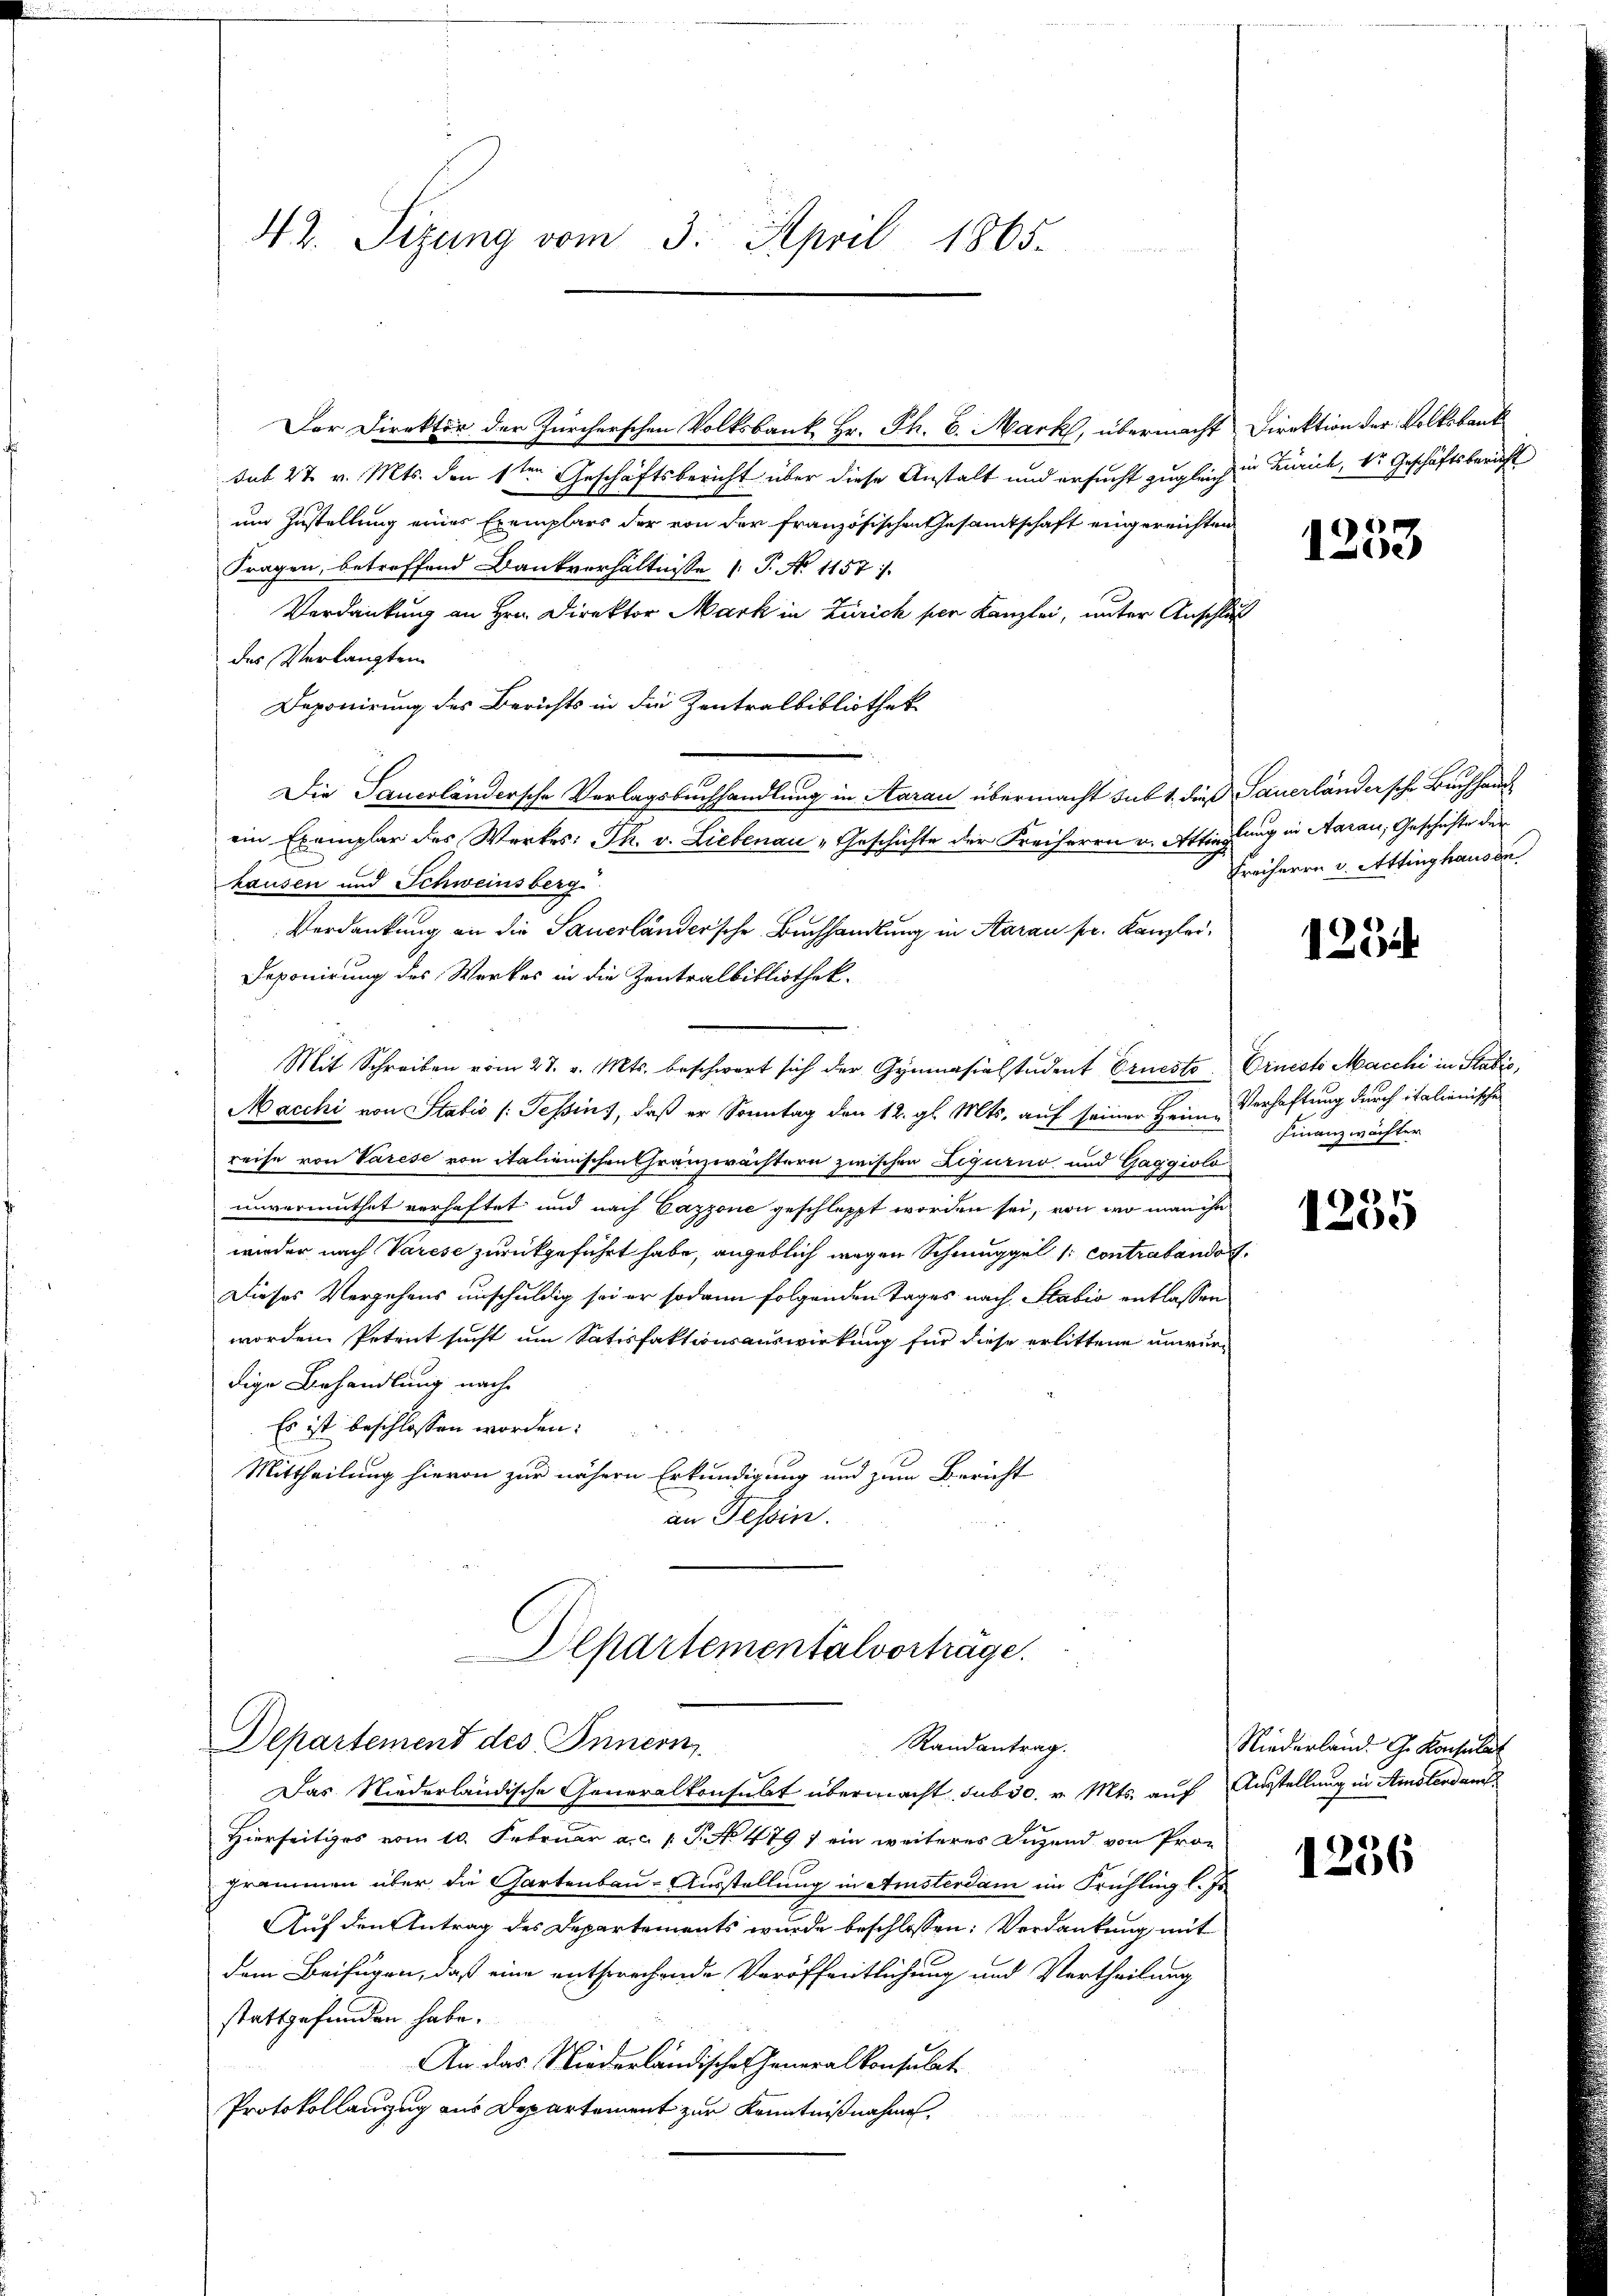
42. Sizung vom 3. April 1865.

Der Direktor der Zürcherschen Volksbank Hr. Th. 6. Mark, übermacht Direktion der Volksbank
sub 27 v. Mts. den 1ten Geschäftsbericht über diese Anstalt und ersucht zugleich in Zürich, dr Geschäftsbericht
um Zustellung eines Exemplars der von der französischen Gesamtschaft eingereichten
Fragen, betreffend Dankverhältnisse (T. No 1157.
Verdankung an Hrn. Direktor Mark in Zürich per Kanzlei, unter Anschluß
des Verlangten
Deponirung des Berichts in die Zentralbibliothek
Die Sauerländersche Vorlagsbuchhandlung in Aarau übermacht sub 1. dieß Sauerländersche Buchhandein Exemplar des Werkes: Th. v. Liebenau „Geschichte der Freiherrn u. Attingung in Aarau, Geschichte der
hausen und Schweinsberg
Verdankung an die Sauerländer’sche Buchhandlung in Aarau pr. Kanzlei¬
Deponirung des Werkes in die Zentralbibliothek.
Mit Schreiben vom 27. v. Mts. beschwart sich der Gymnasialstudent Ernesto Orieste Macchi in Stabić,
Macchi von Statio /: Tessins, daß er Sonntag den 12. gl. Mts. auf seiner Heim Verhaftung durch italienische
reise von Varese von italienischen Granzwächtern zwischen Ligurno und Gaggiolo
unvermuthet verhaftet und nach Cazzone geschleppt worden sei, von wo manche
wieder nach Varese zurückgeführt habe, angeblich wegen Schmuggel (: contrabando
Dieses Vergehens unschuldig sei er sodann folgenden Tages nach Stabio entlassen
worden. Petent sucht um Satisfaktionsauswirkung für diese erlittene unwürdige Behandlung nach
Es ist beschlossen worden:
Mittheilung hievon zur nähern Erkundigung und zum Bericht
an Tessin.

Departementalverträge.
Departement des Innern
Randantrag.

Das Niederländische Generalkonsulat übermacht sub 30. v. Mts. auf Ausstellung in Amsterdam
Hierseitiges vom 10. Februar a. a. p. P. No 479 7 ein weiteres Jugend von Pro-
grammen über die Gartenbau-Ausstellung in Ansterdam im Frühling l. Js.
Auf den Antrag des Departements wurde beschlossen: Verdankung mit
dem Beifügen, daß eine entsprechende Veröffentlichung und Vertheilung
stattgefunden habe.
An das Niederländische Generalkonsulat
Protokollanzug aus Departement zur Kenntnißnahmen,

e
1)

Freiherrn v. Attinghausen

129

Finanzwächter

1235

Niederland. G. Konsulat

1256